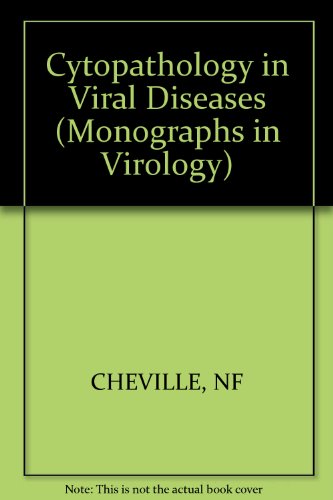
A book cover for Cytopathology in Viral Diseases (Monographs in Virology, Vol. 10); N.F. Cheville; Medical Books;